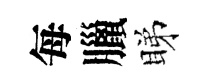
每臘睇